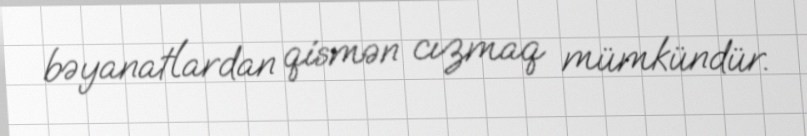
bəyanatlardan qismən cızmaq mümkündür.